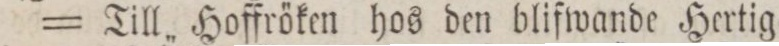
= Till Hoffröken hos den blifwande Hertig=